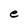
Character: e